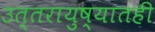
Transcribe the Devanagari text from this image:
उत्तरायुष्यातही